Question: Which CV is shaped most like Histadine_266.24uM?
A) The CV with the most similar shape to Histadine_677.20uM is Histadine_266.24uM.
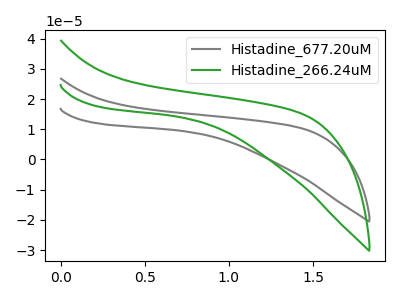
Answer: <think>The gray curve "Histadine_677.20uM" has no peaks. The green curve "Histadine_266.24uM" has no peaks.
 Neither "Histadine_677.20uM" or "Histadine_266.24uM" have any peaks.</think>
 <answer>A) The CV with the most similar shape to "Histadine_677.20uM" is "Histadine_266.24uM".</answer>
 <eval>A</eval>